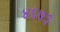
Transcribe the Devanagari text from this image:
४६७३